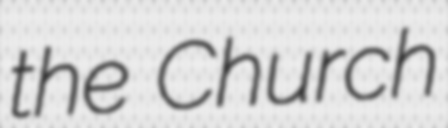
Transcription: the Church